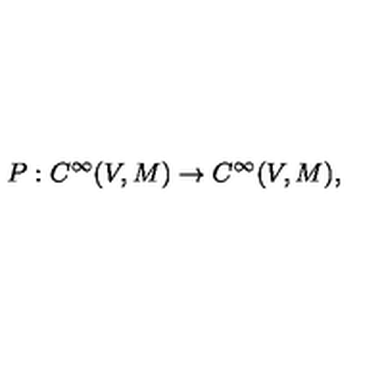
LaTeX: P : C ^ { \infty } ( V , M ) \rightarrow C ^ { \infty } ( V , M ) ,